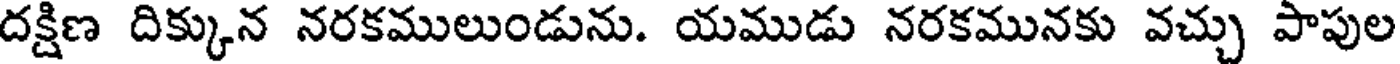
దక్షిణ దిక్కున నరకములుండును. యముడు నరకమునకు వచ్చు పాపుల